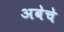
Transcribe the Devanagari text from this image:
अबेचे